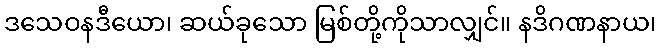
ဒသေဝနဒီယော၊ ဆယ်ခုသော မြစ်တို့ကိုသာလျှင်။ နဒိဂဏနာယ၊